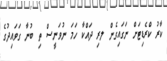
ކާރު ކްރެޑިޓަށް ނަގައިގެން ލރި ދައްކާ ހަމަ ނުވަނީސް ތި ބުނާ ގަވައިދުގެ